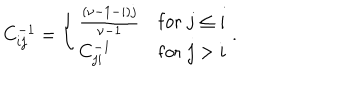
C _ { i j } ^ { - 1 } = \left\{ \begin{array} { l l } { { \frac { ( \nu - 1 - i ) j } { \nu - 1 } } } & { { \mathrm { f o r } \; j \leq i } } \\ { { C _ { j i } ^ { - 1 } } } & { { \mathrm { f o r } \; j > i } } \\ \end{array} \right. .